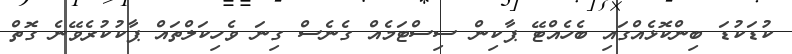
ކުޑަކުޑަ ބިންކޮޅެއްގައި ބެހެއްޓޭ ޕާކިން ސިސްޓަމެއް ގެނެސް ގިނަ ވެހިކަލްތައް ޕާކުކުރެވޭނެ ގޮތް